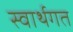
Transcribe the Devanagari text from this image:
स्वार्थगत